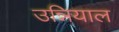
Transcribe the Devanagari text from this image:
उन्नियाल